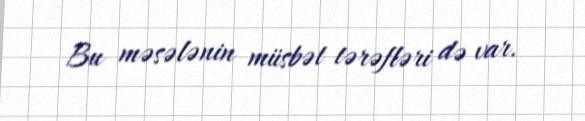
Bu məsələnin müsbət tərəfləri də var.